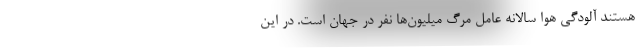
هستند آلودگی هوا سالانه عامل مرگ میلیون‌ها نفر در جهان است. در این